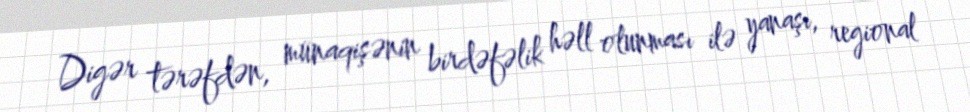
Digər tərəfdən, münaqişənin birdəfəlik həll olunması ilə yanaşı, regional